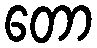
တော